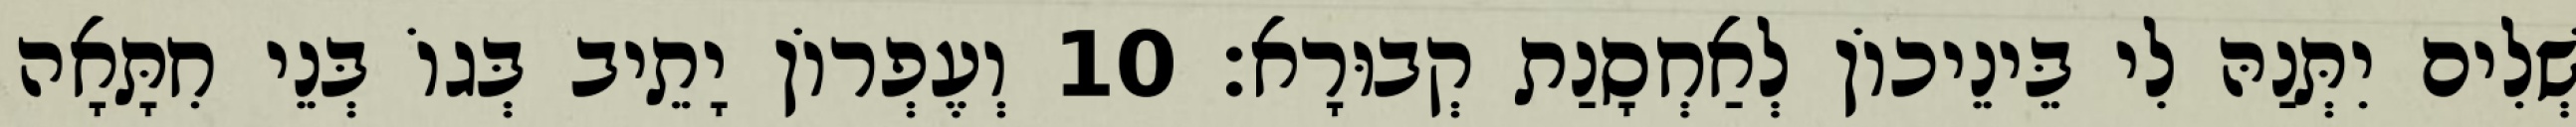
שְׁלִים יִתְּנַהּ לִי בֵּינֵיכוֹן לְאַחְסָנַת קְבוּרָא׃ 10 וְעֶפְרוֹן יָתֵיב בְּגוֹ בְּנֵי חִתָּאָה